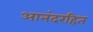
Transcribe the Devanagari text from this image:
आनंदरहित